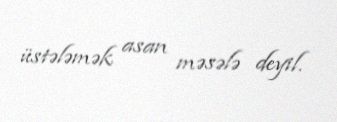
üstələmək asan məsələ deyil.